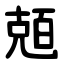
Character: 兡